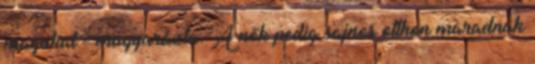
magukat - magyarázta. A nők pedig sajnos otthon maradnak